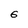
Character: 6